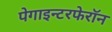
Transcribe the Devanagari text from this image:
पेगाइन्टरफेरॉन